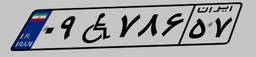
۰۹W۷۸۶۵۷